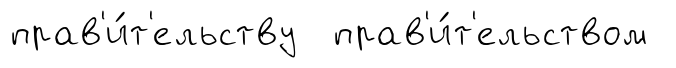
прав'и́т'ельству прав'и́т'ельством